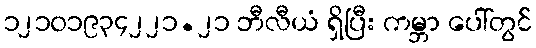
၁၂၁၀၁၉၃၄၂၂၁.၂၁ ဘီလီယံ ရှိပြီး ကမ္ဘာ ပေါ်တွင်